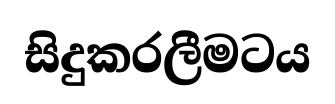
සිදුකරලීමටය